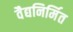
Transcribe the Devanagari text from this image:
वैद्यनिर्मित